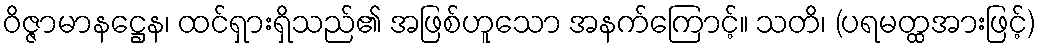
ဝိဇ္ဇာမာနဋ္ဌေန၊ ထင်ရှားရှိသည်၏ အဖြစ်ဟူသော အနက်ကြောင့်။ သတိ၊ (ပရမတ္ထအားဖြင့်)